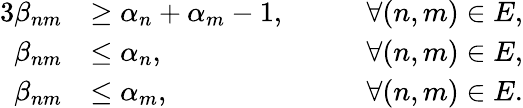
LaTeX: \begin{array}{rlrl}{{3}\beta_{nm}}&{\ge\alpha_{n}+\alpha_{m}-1,}&&{\quad\forall(n,m)\in E,}\\ {\beta_{nm}}&{\le\alpha_{n},}&&{\quad\forall(n,m)\in E,}\\ {\beta_{nm}}&{\le\alpha_{m},}&&{\quad\forall(n,m)\in E.}\end{array}